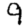
Digit: 9